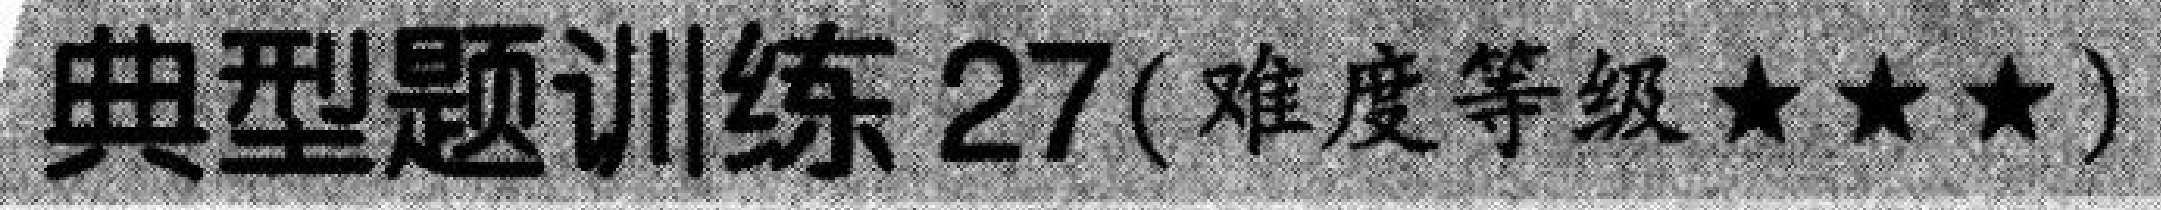
典型题训练27(难度等级★★★)